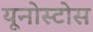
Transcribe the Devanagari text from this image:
यूनोस्टोस